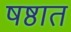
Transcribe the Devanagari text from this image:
षष्ठात